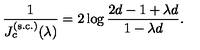
{ \frac { 1 } { J _ { c } ^ { \mathrm { ( s . c . ) } } ( \lambda ) } } = 2 \log { \frac { 2 d - 1 + \lambda d } { 1 - \lambda d } } .